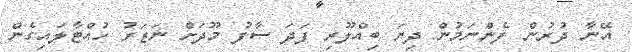
އޭނާ ދުރުން ފެންނަމުން ދިޔަ ބިއްލޫރި ފަދަ ސާފު މޫދަށް ނަޒަރު ހުއްޓާލައިގެން